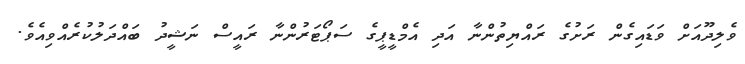
ވެލިދޫއަށް ވަޑައިގެން ރަށުގެ ރައްޔިތުންނާ އަދި އެމްޑީޕީގެ ސަޕޯޓަރުންނާ ރައީސް ނަޝީދު ބައްދަލުކުރެއްވިއެވެ.